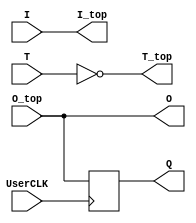
//Library UNISIM;
//use UNISIM.vcomponents.all;

module IO_1_bidirectional_frame_config_pass (I, T, O, Q, I_top, T_top, O_top, UserCLK);
//module IO_1_bidirectional_frame_config_pass (I, T, O, Q, I_top, T_top, O_top, UserCLK, ConfigBits);
	//parameter NoConfigBits = 1; // has to be adjusted manually (we don't use an arithmetic parser for the value)
	//parameter NoConfigBits = 0; // has to be adjusted manually (we don't use an arithmetic parser for the value)
	// Pin0
	input I; // from fabric to external pin
	input T; // tristate control
	output O; // from external pin to fabric
	output Q; // from external pin to fabric (registered)
	output I_top; // EXTERNAL has to ge to top-level entity not the switch matrix
	output T_top; // EXTERNAL has to ge to top-level entity not the switch matrix
	input O_top; // EXTERNAL has to ge to top-level entity not the switch matrix
	// Tile IO ports from BELs
	input UserCLK; // EXTERNAL // SHARED_PORT // ## the EXTERNAL keyword will send this signal all the way to top and the //SHARED Allows multiple BELs using the same port (e.g. for exporting a clock to the top)
	// GLOBAL all primitive pins that are connected to the switch matrix have to go before the GLOBAL label
	//input [NoConfigBits-1 : 0] ConfigBits;
	//input  ConfigBits;
//                        _____
//    I////-T_DRIVER////->|PAD|//+//////-> O
//              |         ////-  |
//    T////////-+                +//>FF//> Q

// I am instantiating an IOBUF primitive.
// However, it is possible to connect corresponding pins all the way to top, just by adding an "// EXTERNAL" comment (see PAD in the entity)
	reg Q;
// wire fromPad;
// Slice outputs
	assign O = O_top;

	always @ (posedge UserCLK)
	begin
		Q <= O_top;
	end

	assign I_top = I;
	assign T_top = ~T;

// IOBUF IOBUF_inst0(
// .O(fromPad), // 1-bit output: Buffer output
// .I(I), // 1-bit input: Buffer input
// .IO(PAD), // 1-bit inout: Buffer inout (connect directly to top-level port)
// .T(T) // 1-bit input: 3-state enable input
// );

endmodule